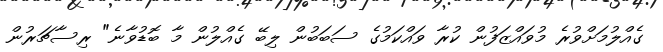
ގެއްލުމަށްވުރެ މުވައްޒަފުން ކުރާ ވައްކަމުގެ ސަބަބުން ލިބޭ ގެއްލުން މާ ބޮޑުވާނެ" ރިސާޗަރުން